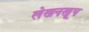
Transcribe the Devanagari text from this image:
लेखनखूप